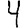
Digit: 4